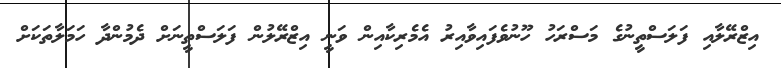
އިޒްރޭލާއި ފަލަސްތީނުގެ މަސްރަހު ހޫނުވެފައިވާއިރު އެމެރިކާއިން ވަނީ އިޒްރޭލުން ފަލަސްތީނަށް ދެމުންދާ ހަމަލާތަކަށް